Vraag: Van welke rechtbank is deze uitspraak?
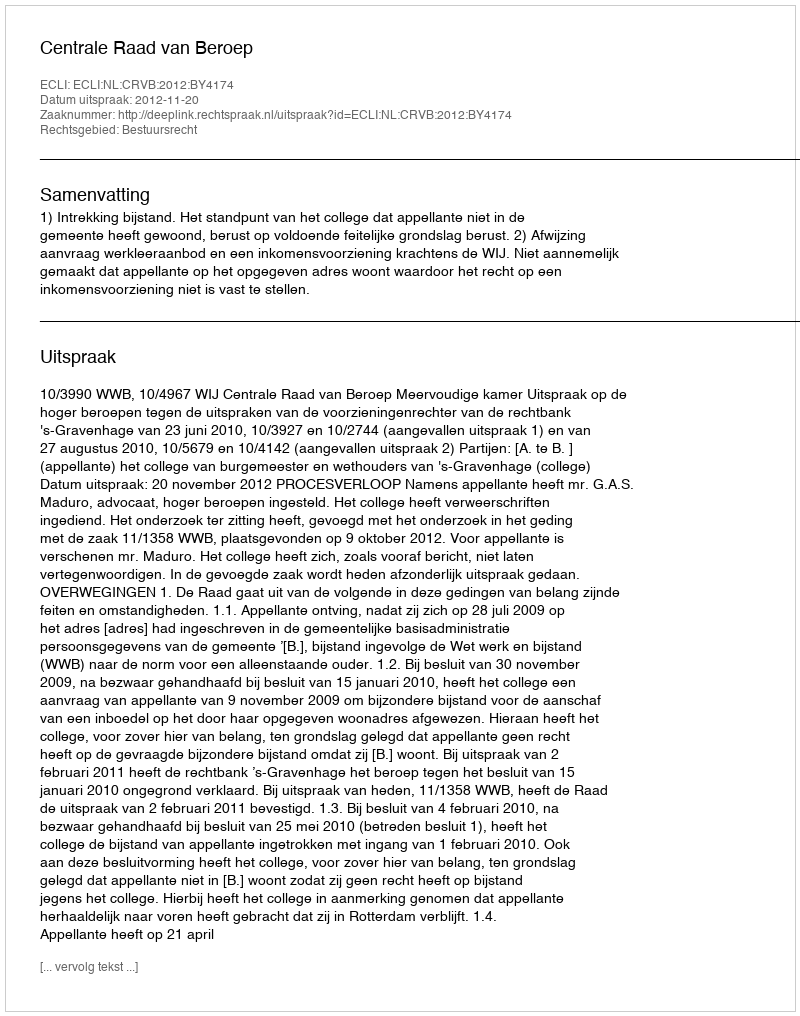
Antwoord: Centrale Raad van Beroep